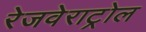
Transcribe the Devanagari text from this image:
रेजवेराट्रोल